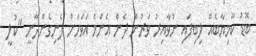
ބޮޑު ކާމިޔާބެއް ލިބިފައި ނުވާއިރު ވަރުން ދެން އެންމެ އަވަހަށް ފެނިގެންދާނީ "ކުލީ